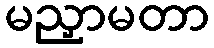
မညှာမတာ